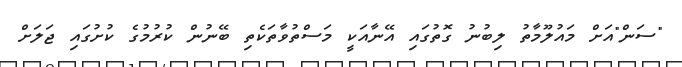
"ސަން"އަށް މައުލޫމާތު ލިބުނު ގޮތުގައި އޭނާއަކީ މަސްތުވާތަކެތި ބޭނުން ކުރުމުގެ ކުށުގައި ޖަލަށް